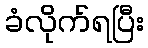
ခံလိုက်ရပြီး